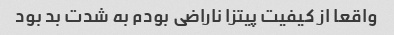
واقعا از کیفیت پیتزا ناراضی بودم به شدت بد بود